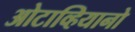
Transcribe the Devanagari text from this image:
ओटाव्हियानो